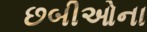
છબીઓના